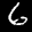
Label: 6